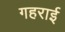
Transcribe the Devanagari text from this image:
गहरार्इ